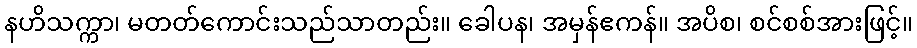
နဟိသက္ကာ၊ မတတ်ကောင်းသည်သာတည်း။ ခေါပန၊ အမှန်ဧကန်။ အပိစ၊ စင်စစ်အားဖြင့်။